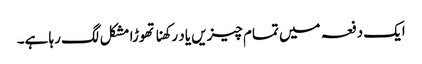
ایک دفعہ میں تمام چیزیں یاد رکھنا تھوڑا مشکل لگ رہا ہے۔